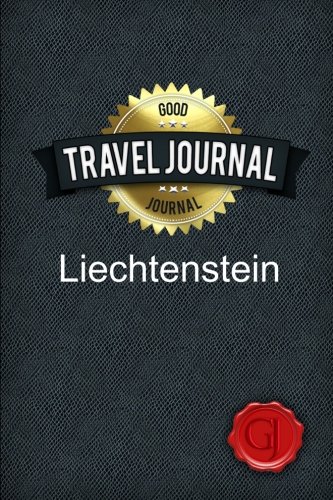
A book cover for Travel Journal Liechtenstein; Good Journal; Travel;